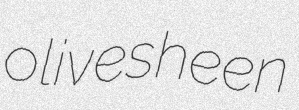
olivesheen